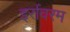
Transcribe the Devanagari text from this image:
इर्रावरम